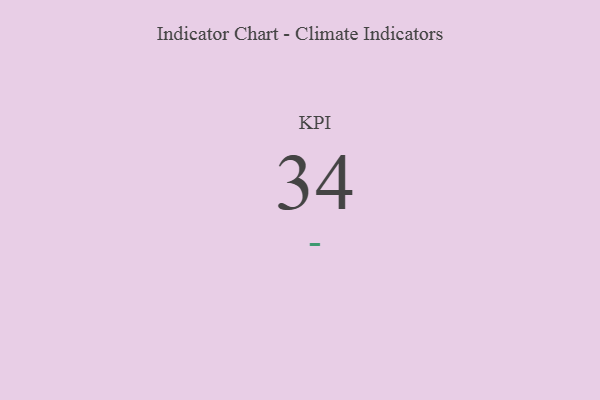
{"axis": {"x": "KPI", "y": "Value"}, "legend": [""], "data": [{"x": "KPI", "y": 34, "type": ""}]}